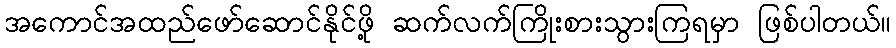
အကောင်အထည်ဖော်ဆောင်နိုင်ဖို့ ဆက်လက်ကြိုးစားသွားကြရမှာ ဖြစ်ပါတယ်။